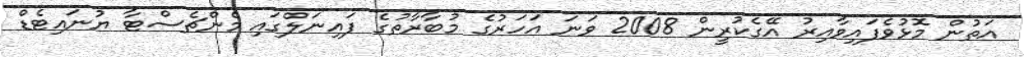
އަތުން މޮޅުވެފައިވާއިރު އޭގެކުރީން 2008 ވަނަ އަހަރުގެ މުބާރާތުގެ ފައިނަލްގައި މެންޗެސްޓާ ޔުނައިޓެޑް